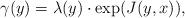
LaTeX: \begin{align*} \gamma(y) = \lambda(y) \cdot \exp(J(y,x)), \end{align*}